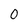
Character: 0